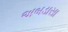
અબડાસા